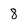
Character: 8